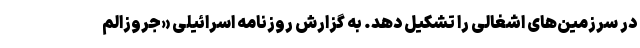
در سرزمین‌های اشغالی را تشکیل دهد. به گزارش روزنامه اسرائیلی «جروزالم